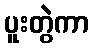
ပူးတွဲကာ